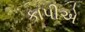
કાપીએ